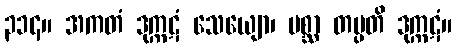
၃၁၄။ အကတံ ဒုက္ကဋံ သေယျော၊ ပစ္ဆာ တပ္ပတိ ဒုက္ကဋံ။